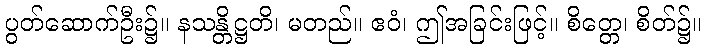
ပွတ်ဆောက်ဦး၌။ နသန္တိဋ္ဌတိ၊ မတည်။ ဧဝံ၊ ဤအခြင်းဖြင့်။ စိတ္တေ၊ စိတ်၌။